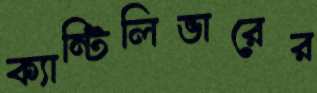
ক্যান্টিলিভারের